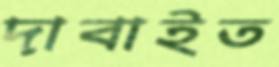
দাবাইত